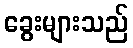
ခွေးများသည်